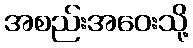
အစည်းအဝေးသို့